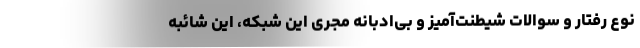
نوع رفتار و سوالات شیطنت‌آمیز و بی‌ادبانه مجری این شبکه، این شائبه